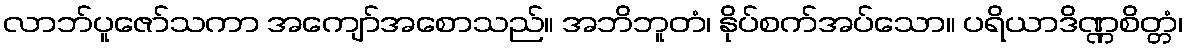
လာဘ်ပူဇော်သကာ အကျော်အစောသည်။ အဘိဘူတံ၊ နိုပ်စက်အပ်သော။ ပရိယာဒိဏ္ဏစိတ္တံ၊